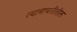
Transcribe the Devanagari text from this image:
त्‍याबाबतीतील